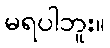
မရပါဘူး။